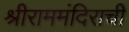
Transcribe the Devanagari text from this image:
श्रीराममंदिराची